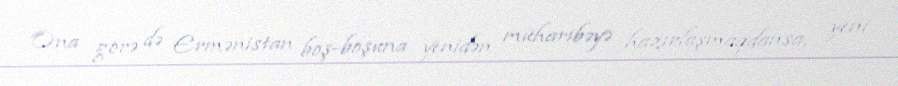
Ona görə də Ermənistan boş-boşuna yenidən müharibəyə hazırlaşmaqdansa, yeni